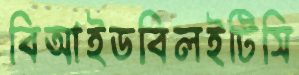
বিআইডবিলইটিসি